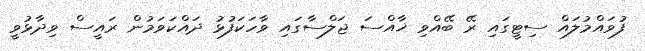
ފުވައްމުލައް ސިޓީގައި ރޭ ބޭއްވި ޚާއްސަ ޖަލްސާގައި ވާހަކަފުޅު ދައްކަވަމުން ރައީސް ވިދާޅުވީ